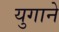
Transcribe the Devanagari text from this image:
युगाने